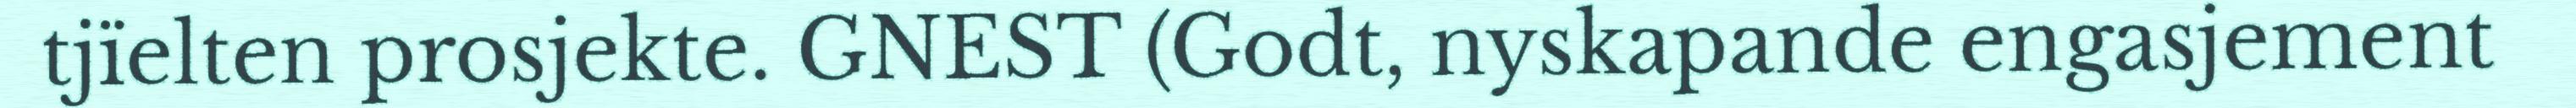
tjïelten prosjekte. GNEST (Godt, nyskapande engasjement